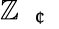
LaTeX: \mathbb{Z}_{\mathrm{{~\textit{~}{~\textcent~}~}}}